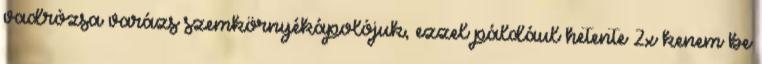
vadrózsa varázs szemkörnyékápolójuk, ezzel páldául hetente 2x kenem be